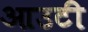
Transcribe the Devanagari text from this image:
आउटी